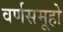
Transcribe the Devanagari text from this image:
वर्णसमूहो